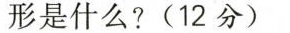
形是什么?(12分)